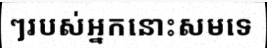
ៗរបស់អ្នកនោះសមទេ